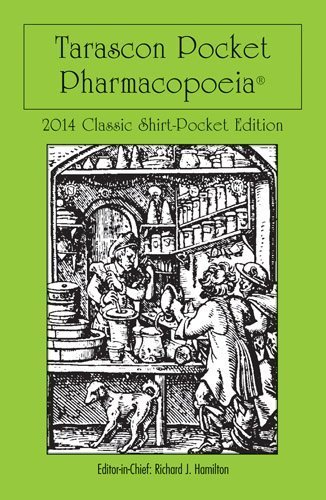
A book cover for Tarascon Pocket Pharmacopoeia 2014 Classic Shirt Pocket Edition by Hamilton, MD, FAAEM, FACMT, Editor in Chief, Richard J. Published by Tarascon 28th (twenty-eighth) edition (2013) Paperback; Medical Books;